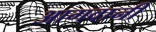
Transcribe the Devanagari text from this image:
आगवानी